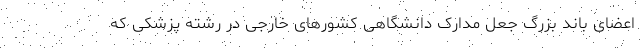
اعضای باند بزرگ جعل مدارک دانشگاهی کشورهای خارجی در رشته پزشکی که